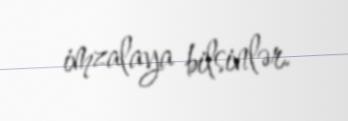
imzalaya bilsinlər.